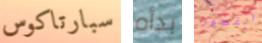
سبارتاكوس بدأه القصور